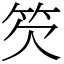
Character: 䇜